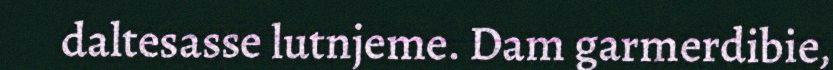
daltesasse lutnjeme. Dam garmerdibie,